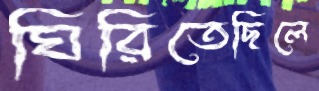
ঘিরিতেছিলে